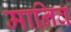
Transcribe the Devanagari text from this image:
मानिव